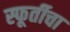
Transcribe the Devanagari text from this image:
स्फूर्तीचा